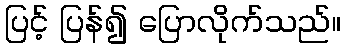
ပြင့် ပြန်၍ ပြောလိုက်သည်။